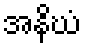
အနိဃံ